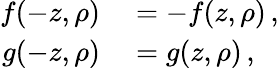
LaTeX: \begin{array}{rl}{f(-z,\rho)}&{{}=-f(z,\rho)\, ,}\\ {g(-z,\rho)}&{{}=g(z,\rho)\, ,}\end{array}